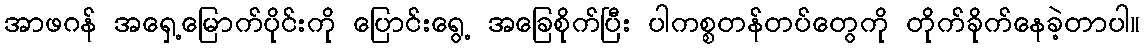
အာဖဂန် အရှေ့မြောက်ပိုင်းကို ပြောင်းရွေ့ အခြေစိုက်ပြီး ပါကစ္စတန်တပ်တွေကို တိုက်ခိုက်နေခဲ့တာပါ။